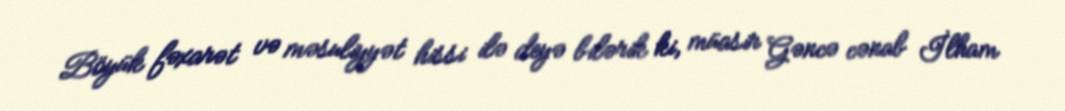
Böyük fəxarət və məsuliyyət hissi ilə deyə bilərik ki, müasir Gəncə cənab İlham